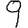
Digit: 9